Annual report of the Prince of Wales Medical College, Patna
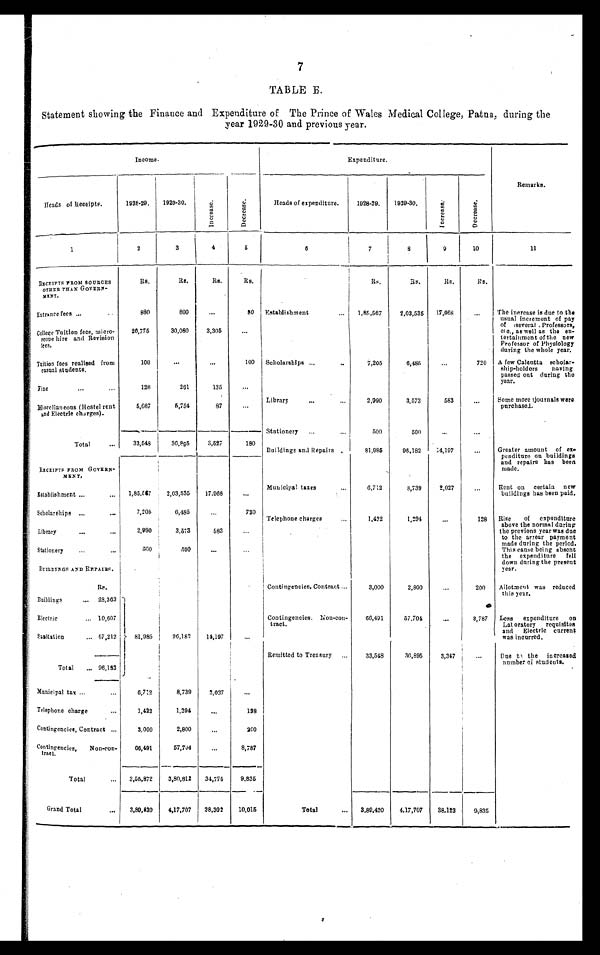
7
TABLE E.
Statement showing the Finance and Expenditure of The Prince of Wales Medical College, Patna, during the
year 1929-30 and previous year.
Income.
E x p e n d i t u r e .
Remarks.
Heads of Receipts.
1928-29.
1929-30.
I n c r e a s e .
D e c r e a s e .
Heads of expenditure.
1928-29.
1929-30.
I n c r e a s e .
D e c r e a s e .
1
2
3
4
5
6
7
8
9 10
11
RECEIPTS FROM SOURCES
OTHER THAN GOVERN-
M E N T .
Rs.
Rs.
Rs.
Rs.
Rs.
Rs.
Rs.
RS.
Entrance fees
. . .
. . .
880
800
...
80
Establishment
...
1,85,567
2,03,535
17,968
...
The increase is due to the
usual increment of pay
of several Professors,
etc., as well as the en-
tertainment of the new
Professor of Physiology
during the whole year.
College Tuition fees, micro-
scope hire and Revision
fees.
26,775
30,080
3,305
...
Tuition fees realised from
casual students.
100
...
...
100
Scholarships
. . .
. .
7,205
6,485
...
720
A few Calcutta scholar-
ship-holders
having
passed out during the
year.
F i n e
...
...
126
2 6 1
135
...
Library
...
. . .
2,990
3,573
583
...
Some more journals were
purchased.
Miscellaneous (Hostel rent
and Electric charges).
5,667
5,754
87
...
Total
. . .
33,548
36,895
3,527
180
Stationery
...
. . .
500
500
. . .
. . .
Buildings and Repairs
81,985
96,182
14,197
. . . Greater amount of ex-
penditure on buildings
and repairs has been
made.
RECEIPTS FROM GOVERN-
MENT,
Municipal taxes
. . .
6,712
8,739
2,027
...
Rent on certain new
buildings has been paid.
Establishment ...
. . .
1,85,567
2,03,535
17.968
...
Scholarships ...
...
7,205
6,485
. . .
720
Telephone charges
...
1 , 4 2 2
1,294
...
128
Rise
of expenditure
above the normal during
the previous year was due
to the arrear payment
made during the period.
This cause being absent
the expenditure
fell
down during the present
year.
Library
. . .
. . .
2,990
3,573
583
...
Stationery
...
. . .
500
500
. . .
...
BUILDINGS AND REPAIRS.
Rs.
Contingencies. Contract ...
3,000
2 , 8 0 0
...
200
Allotment was reduced
this year.
Buildings
... 28,363
81,985
96,182
14,197
...
Electric
... 10,607
Contingencies. Non-con-
tract.
66,491
57.704
...
3 , 7 8 7 Less
expenditure
on
Laboratory requisites
and
Electric current
was incurred.
Sanitation
... 57,212
Remitted to Treasury ...
33,548
36,895
3,347
...
Due to the increased
number of students.
Total ... 96,182
Municipal tax ...
...
6,712
8,739
2,027
...
Telephone charge
...
1 , 4 2 2
1,294
...
128
C ontingencies, Contract ...
3.000
2 , 8 0 0
...
200
Contingencies,
N on-con-
tract.
66,491
57,704
...
8,787
Total
...
3,55,872
3,80,812
34,775
9,835
Grand Total
...
3,89,420
4,17,707
38,302
10,015
Total
...
3,89,420
4,17,707
38,122
9,835